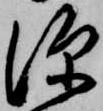
深